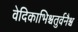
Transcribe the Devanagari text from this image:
वेदिकाभिश्चतुर्वनैश्च